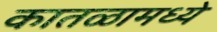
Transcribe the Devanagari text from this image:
कातळामध्ये